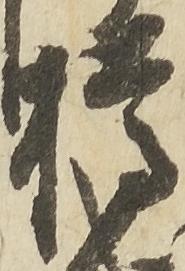
樽